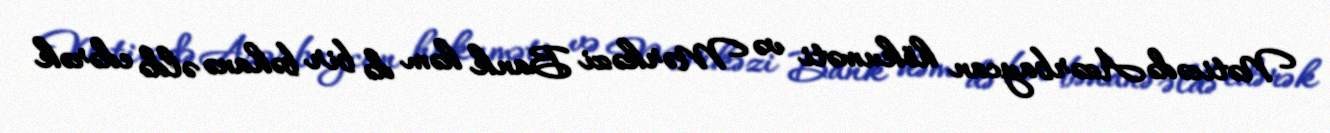
Nəticədə Azərbaycan hökuməti və Mərkəzi Bank həm də bir bəhanə əldə edərək